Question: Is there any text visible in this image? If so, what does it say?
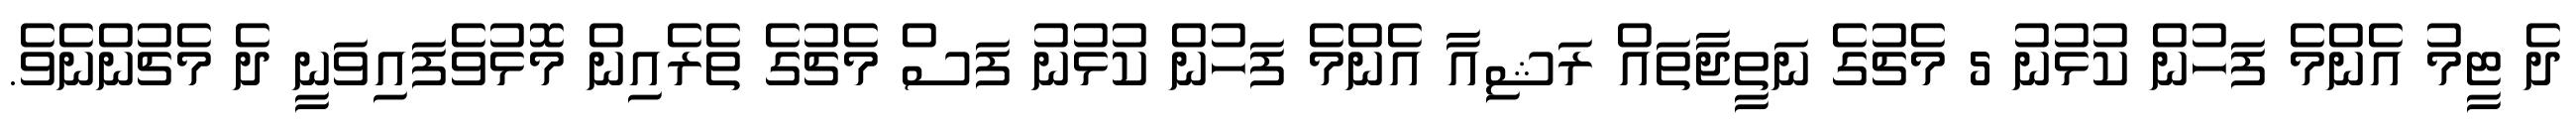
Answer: ދެ ޓީމު އެންމެ ފަހުން ކުޅުނު 5 މެޗުގެ ނަތީޖާތައް ރަޝިއާ އެންމެ ފަހުން ކުޅުނު ފަސް މެޗުގެ ތެރެއިން މޮޅުވެފައިވަނީ ދެ މެޗުންނެވެ.